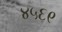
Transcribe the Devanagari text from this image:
४५६९